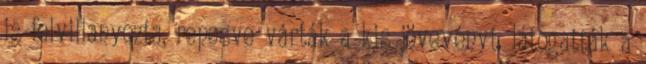
is felvillanyozta, repesve várták a kis jövevényt, látogatták a